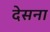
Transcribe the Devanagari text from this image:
देसना